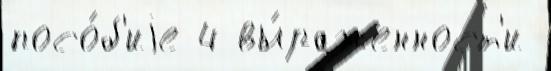
посо́б'иjе 4 вы́раженност'и